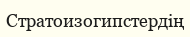
Стратоизогипстердің